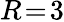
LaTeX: R\! =\! 3